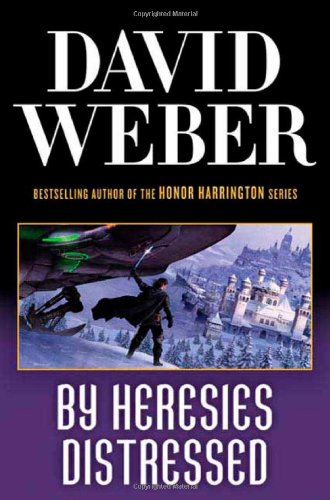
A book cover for By Heresies Distressed (Safehold); David Weber; Science Fiction & Fantasy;